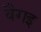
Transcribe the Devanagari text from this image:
वैगइ